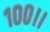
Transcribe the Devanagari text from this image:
१००।।